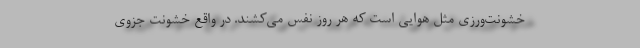
خشونت‌ورزي مثل هوايي است كه هر روز نفس مي‌كشند. در واقع خشونت جزوي